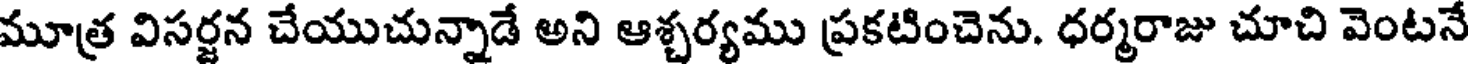
మూత్ర విసర్జన చేయుచున్నాడే అని ఆశ్చర్యము ప్రకటించెను. ధర్మరాజు చూచి వెంటనే